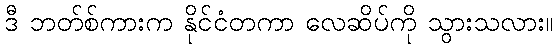
ဒီ ဘတ်စ်ကားက နိုင်ငံတကာ လေဆိပ်ကို သွားသလား။